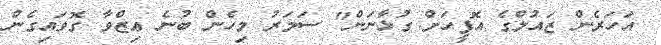
އަހަރެން ޒައުލްގެ އޮފީހަށް ގުޅާނަން" ސަމަރު މިހެން ބުނެ ޢިޒްވާ ގޮވައިގެން